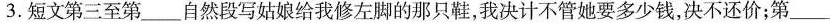
3.短文第三至第____自然段写姑娘给我修左脚的那只鞋，我决计不管她要多少钱，决不还价；第_____